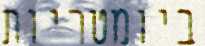
ביומטריות